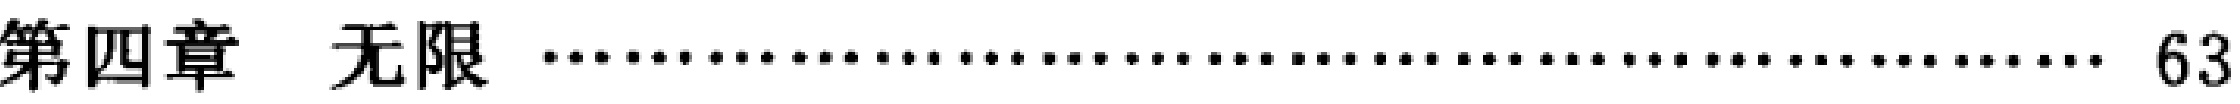
第四章  无限 \dotfill 63